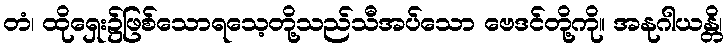
တံ၊ ထိုရှေး၌ဖြစ်သောရသေ့တို့သည်သီအပ်သော ဗေဒင်တို့ကို။ အနုဂါယန္တိ၊